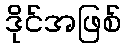
ဒိုင်အဖြစ်